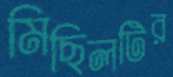
মিছিলটির